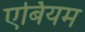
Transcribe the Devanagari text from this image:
एर्बियम